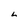
Character: L